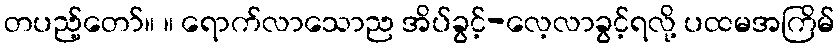
တပည့်တော်။ ။ ရောက်လာသောည အိပ်ခွင့်-လေ့လာခွင့်ရလို့ ပထမအကြိမ်